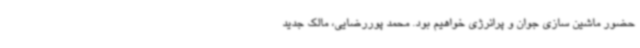
حضور ماشین سازی جوان و پرانرژی خواهیم بود. محمد پوررضایی، مالک جدید